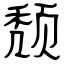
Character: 颓